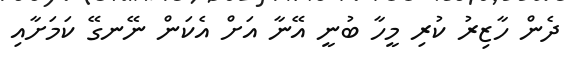
ދެން ހާޒިރު ކުރި މީހާ ބުނީ އޭނާ އަށް އެކަން ނޭނގޭ ކަމަށާއި